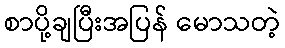
စာပို့ချပြီးအပြန် မောသတဲ့